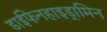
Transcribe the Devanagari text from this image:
डाईफेनहाइड्रामिन